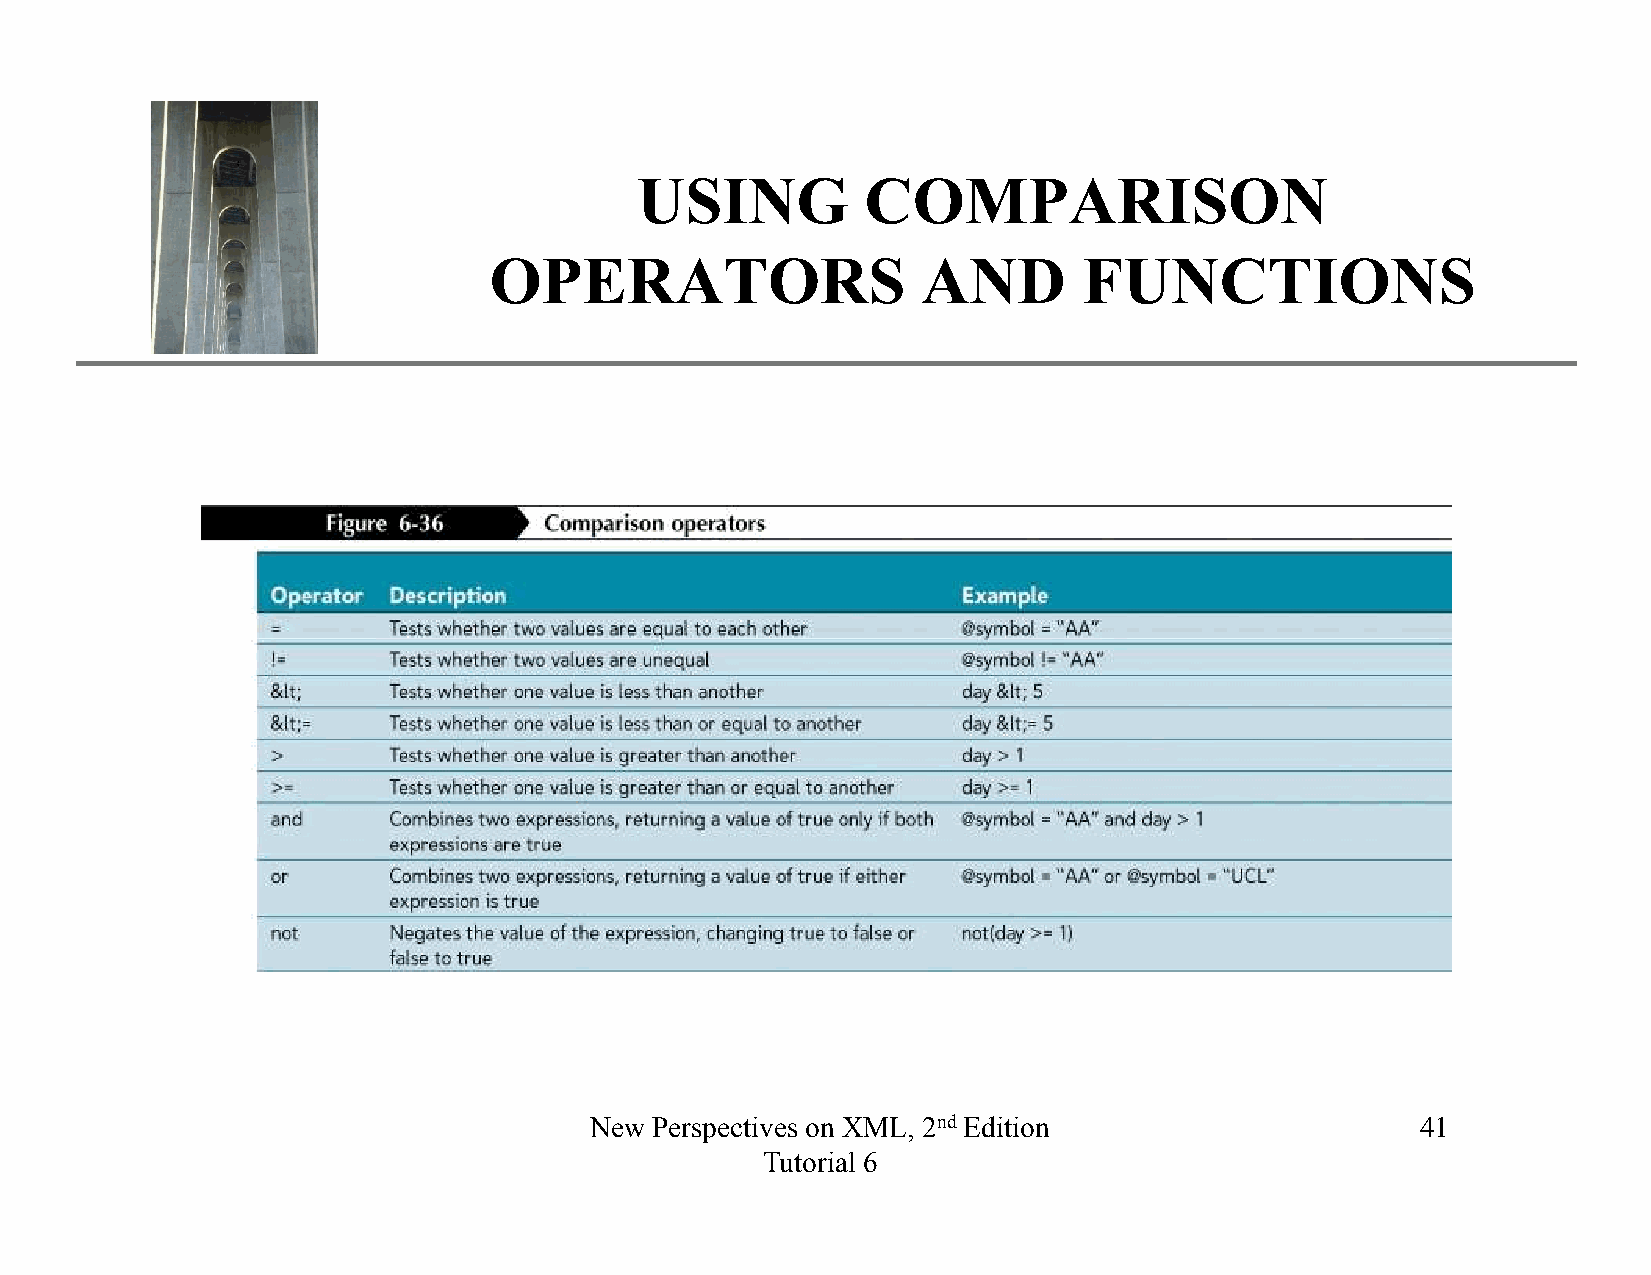
XP
 USING          COMPARISON
 OPERATORS                    AND        FUNCTIONS
 New Perspectives on XML, 2nd Edition                   41
 Tutorial 6